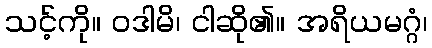
သင့်ကို။ ဝဒါမိ၊ ငါဆို၏။ အရိယမဂ္ဂံ၊